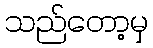
သည်တော့မှ